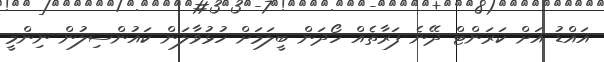
އައްޑު އަށް ކަރަންޓް ދޭނެ ފަރާތެއް ހޯދަން ބީލަމަށް ހުޅުވާލަން ކައުންސިލުން ނިންމީ